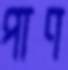
পাণ